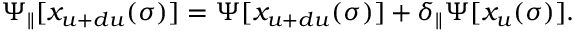
\Psi _ { \parallel } [ x _ { u + d u } ( \sigma ) ] = \Psi [ x _ { u + d u } ( \sigma ) ] + \delta _ { \parallel } \Psi [ x _ { u } ( \sigma ) ] .